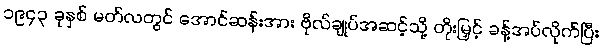
၁၉၄၃ ခုနှစ် မတ်လတွင် အောင်ဆန်းအား ဗိုလ်ချုပ်အဆင့်သို့ တိုးမြှင့် ခန့်အပ်လိုက်ပြီး